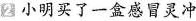
2 小明买了一盒感冒灵冲